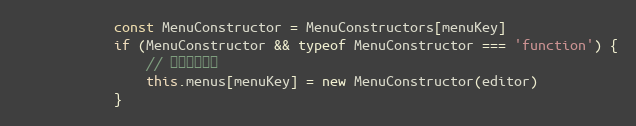
Language: JavaScript
            const MenuConstructor = MenuConstructors[menuKey]
            if (MenuConstructor && typeof MenuConstructor === 'function') {
                // 创建单个菜单
                this.menus[menuKey] = new MenuConstructor(editor)
            }